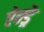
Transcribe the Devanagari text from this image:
ऐन्ड्रे